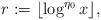
LaTeX: \begin{align*} r:=\lfloor \log^{\eta_0} x \rfloor, \end{align*}